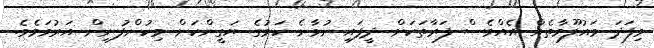
މިފަދަ މައުލޫމާތެއް އެއްވެސް ފަރާތަކަށް ދީފައި ނުވާނެ ކަމުގެ ޔަގީންކަން މިކުންފުނިން އަރުވަމެވެ.